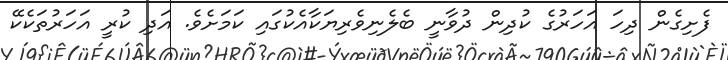
ފެށިގެން ދިހަ އަހަރުގެ ކުދިން ދުވާނީ ބެލެނިވެރިޔަކާއެކުގައި ކަމަށެވެ. އަދި ކުރީ އަހަރުތަކެކޭ